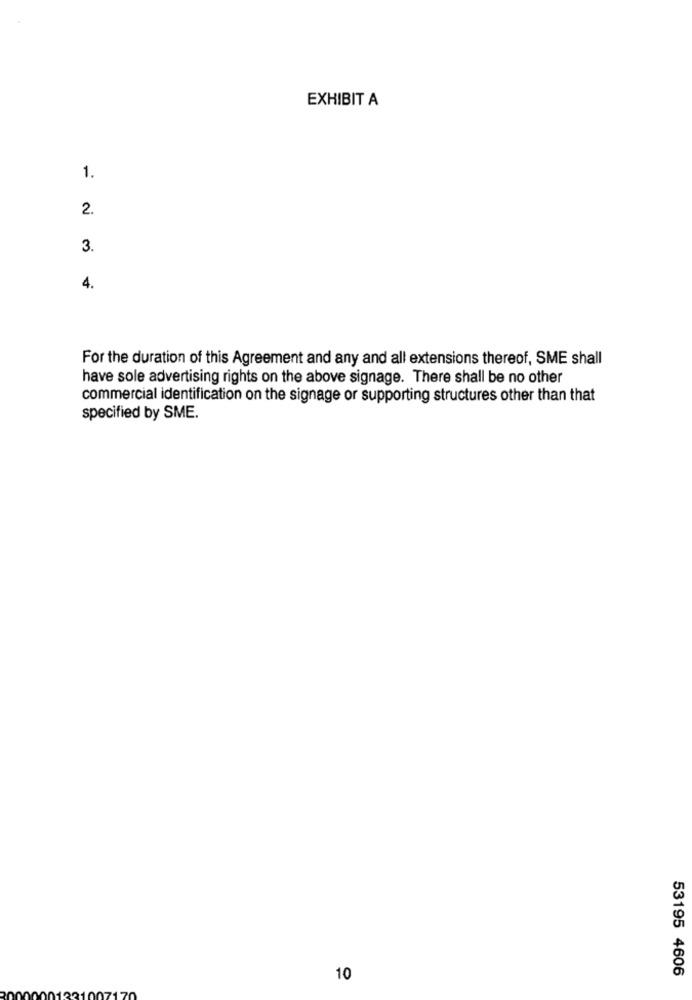
EXHIBIT A
1.
2.
3.
4.
For the duration of this Agreement and any and all extensions thereof, SME shall
have sole advertising rights on the above signage. There shall be no other
commercial identification on the signage or supporting structures other than that
specified by SME.
53195 4606
10